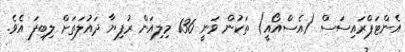
އެންޓަޕްރައިސަސް (އެސްއޯއީ) ތަކުން ވަނީ 136 މިލިއަން ރުފިޔާ ދައުލަތަށް ލިބިފަ އެވެ.